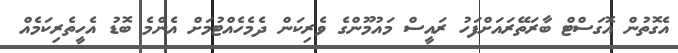
އެގޮތުން އޮގަސްޓް ބާރަތޭރައަށްފަހު ރައީސް މައުމޫންގެ ވެރިކަން ދެމެހެއްޓުމަށް އެންމެ ބޮޑު އެހީތެރިކަމެއް